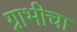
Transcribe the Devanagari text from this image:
ग्राभीचा